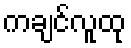
ကချင်လူထု